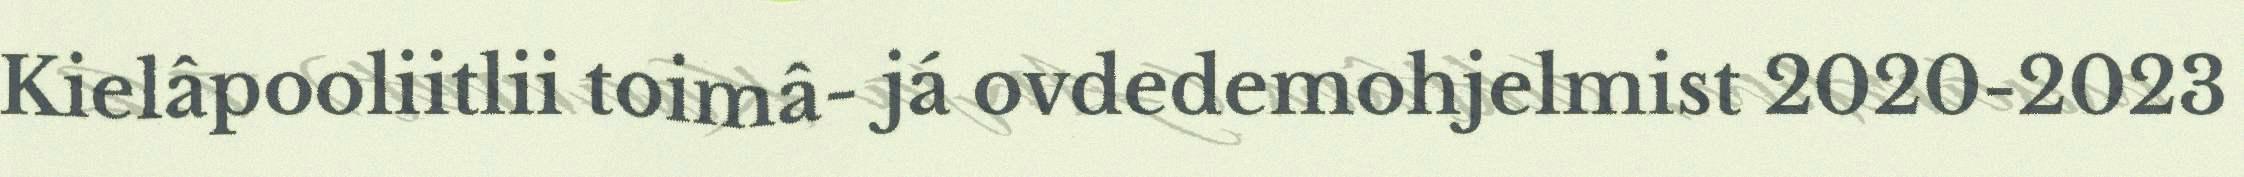
Kielâpooliitlii toimâ- já ovdedemohjelmist 2020-2023